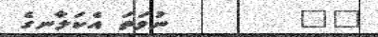
١٦        ނުވަތަ އެކަލާނގެ